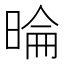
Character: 㫻